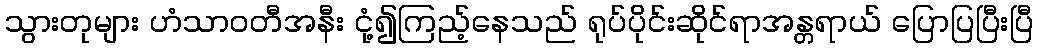
သွားတုများ ဟံသာဝတီအနီး ငုံ့၍ကြည့်နေသည် ရုပ်ပိုင်းဆိုင်ရာအန္တရာယ် ပြောပြပြီးပြီ